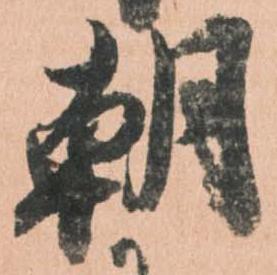
朝